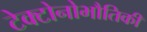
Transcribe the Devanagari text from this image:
टेक्टोनोभौतिकी